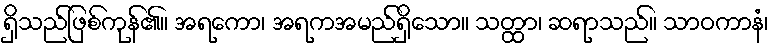
ရှိသည်ဖြစ်ကုန်၏။ အရကော၊ အရကအမည်ရှိသော။ သတ္ထာ၊ ဆရာသည်။ သာဝကာနံ၊